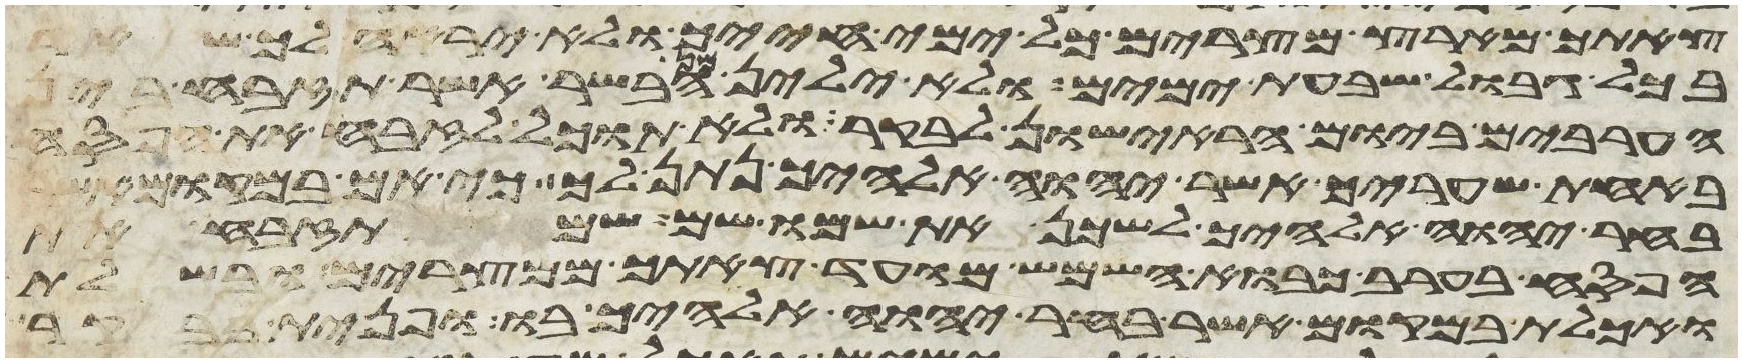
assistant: צאתך מארץ מצרים כל ימי חייך ולא יראה
בכל גבולך שבעת ימים ולא ילין מן הבשר אשר תזבח בין
הערבים ביום הראישון לבקר ולא תוכל לזבח את הפסח
באחת שעריך אשר יהוה אלהיך נתן לך כי אם במקום
בחר יהוה אלהיך לשכן את שמו שם שם תזבח את
הפסח בערב כבוא השמש מועד צאתך ממצרים ובשלת
ואכלת במקום אשר בחר יהוה אלהיך בו ופנית בבקר